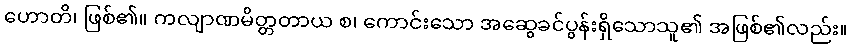
ဟောတိ၊ ဖြစ်၏။ ကလျာဏမိတ္တတာယ စ၊ ကောင်းသော အဆွေခင်ပွန်းရှိသောသူ၏ အဖြစ်၏လည်း။